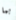
بما